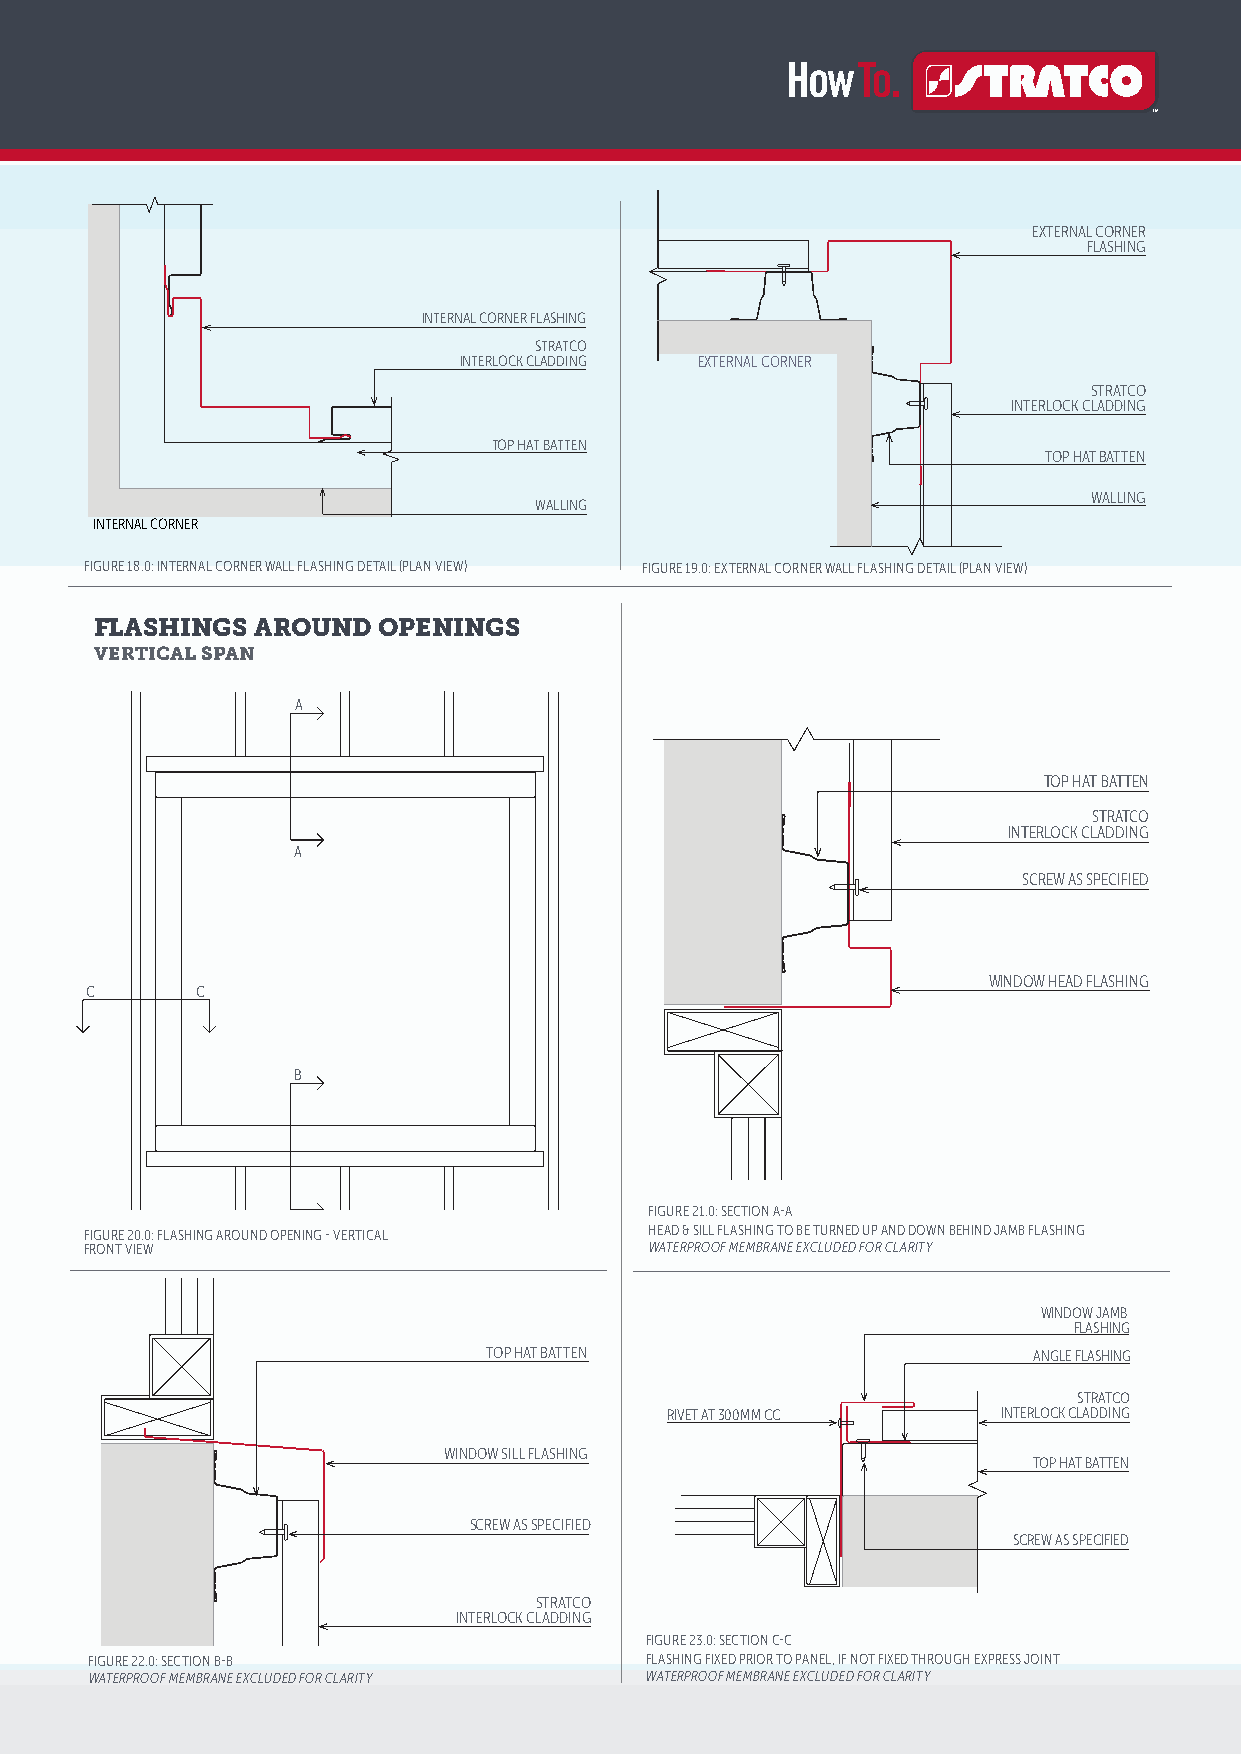
INTERNAL CORNER FLASHING
 EXTERNAL CORNER
 FLASHING
 INTERNAL CORNER FLASHING
 STRATCO
 INTERLOCK CLADDING EXTERNAL CORNER
 STRATCO
 INTERLOCK CLADDING
 TOP HAT BATTEN
 TOP HAT BATTEN
 WALLING
 WALLING
 INTERNAL CORNER
 FIGURE 18.0: INTERNAL CORNER WALL FLASHING DETAIL (PLAN VIEW) FIGURE 19.0: EXTERNAL CORNER WALL FLASHING DETAIL (PLAN VIEW)
 FLASHINGS  AROUND  OPENINGS           A-A
 FLASHING AROUND OPENING - VERTICAL PANEL
 VERTICAL SPAN                         HEAD AND SILL FLASHINGS TO BE TURNED
 UP AND DOWN BEHIND JAMB FLASHING
 A
 TOP HAT BATTEN
 STRATCO
 INTERLOCK CLADDING
 A
 SCREW AS SPECIFIED
 WINDOW HEAD FLASHING
 C      C
 B
 B-B
 C-C
 FLASHING FIXED PRIOR TO PANEL, IF NOT FIXED
 FIGURE 21.0: SECTION A-A
 B                      THROUGH EXPRESS JOINT
 FIGURE 20.0: FLASHING AROUND OPENING - VERTICAL HEAD & SILL FLASHING TO BE TURNED UP AND DOWN BEHIND JAMB FLASHING
 FRONT VIEW                           WATERPROOF MEMBRANE EXCLUDED FOR CLARITY
 WINDOW JAMB
 FLASHING
 TOP HAT BATTEN                      ANGLE FLASHING
 STRATCO
 RIVET AT 300MM CC     INTERLOCK CLADDING
 WINDOW SILL FLASHING
 TOP HAT BATTEN
 SCREW AS SPECIFIED
 SCREW AS SPECIFIED
 STRATCO
 INTERLOCK CLADDING
 FIGURE 23.0: SECTION C-C
 FIGURE 22.0: SECTION B-B             FLASHING FIXED PRIOR TO PANEL, IF NOT FIXED THROUGH EXPRESS JOINT
 WATERPROOF MEMBRANE EXCLUDED FOR CLARITY WATERPROOF MEMBRANE EXCLUDED FOR CLARITY